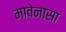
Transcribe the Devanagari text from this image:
मावेनासा